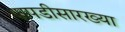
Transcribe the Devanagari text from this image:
पापडीसारख्या